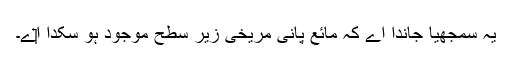
یہ سمجھیا جاندا اے کہ مائع پانی مریخی زیر سطح موجود ہو سکدا ا‏‏ے۔